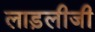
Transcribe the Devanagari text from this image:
लाड़लीजी